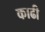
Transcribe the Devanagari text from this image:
काढी